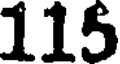
115